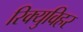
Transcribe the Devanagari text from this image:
रिक्युविहर